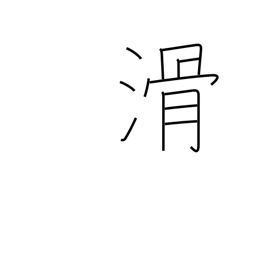
Meaning: fail exam